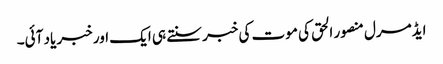
ایڈمرل منصور الحق کی موت کی خبر سنتے ہی ایک اور خبر یاد آئی۔